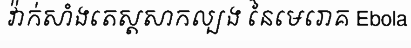
វ៉ាក់សាំងតេស្តសាកល្បង នៃមេរោគ Ebola